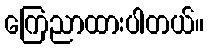
ကြေညာထားပါတယ်။